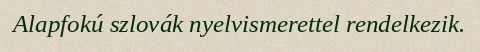
Alapfokú szlovák nyelvismerettel rendelkezik.